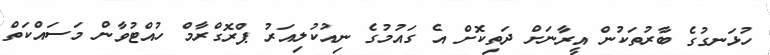
ހުޅަނގުގެ ބާރުތަކުން އީރާނަށް ދަތިކޮށް އެ ގައުމުގެ ނިއުކުލިއަރު ޕްރޮގްރާމް ހުއްޓުވާން މަސައްކަތް